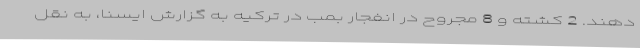
دهند. 2 کشته و 8 مجروح در انفجار بمب در ترکیه به گزارش ایسنا، به نقل